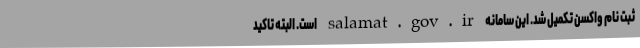
ثبت نام واکسن تکمیل شد. این سامانه salamat.gov.ir است. البته تاکید